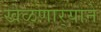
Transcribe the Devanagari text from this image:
खेळणार्‍याने